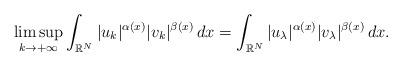
LaTeX: \begin{align*} \limsup_{k \to +\infty }\int_{\mathbb{R}^{N}}|u_k|^{\alpha(x)}|v_k|^{\beta(x)} \,dx = \int_{\mathbb{R}^{N}} |u_{\lambda}|^{\alpha(x)}|v_{\lambda}|^{\beta(x)}\,dx. \end{align*}